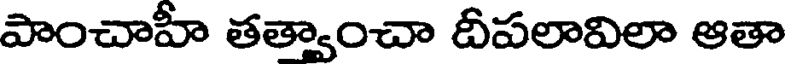
పాంచాహీ తత్వాంచా దీపలావిలా ఆతా